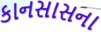
કાનસાસના